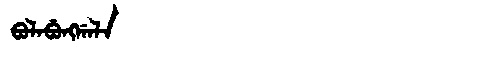
Manchu: ᠪᠣᠯᠠᠪᡠᠩᡤᠠᠯᠠ
Romanization: BOLABUNGGALA